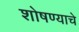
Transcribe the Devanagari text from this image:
शोषण्याचे